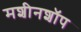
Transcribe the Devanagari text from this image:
मशीनशॉप